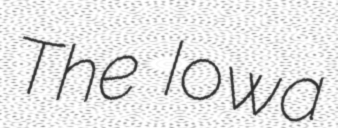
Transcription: The Iowa